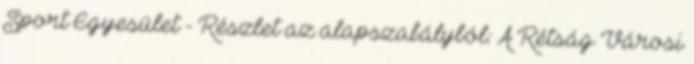
Sport Egyesület - Részlet az alapszabályból: A Rétság Városi